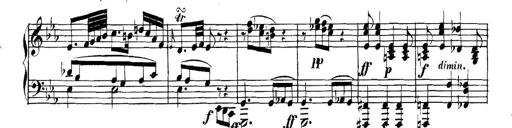
Title: Collected Piano Sonatas
Composer: Muzio Clementi